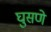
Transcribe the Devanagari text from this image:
घुसणे